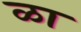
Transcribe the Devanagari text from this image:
ळा